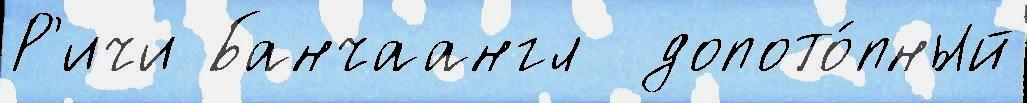
Р'ичи Банчаангл  допото́пный